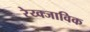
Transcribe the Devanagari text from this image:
रेय्क्जाविक